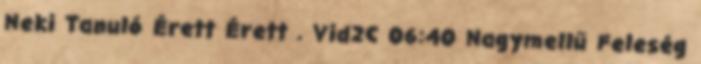
Neki Tanuló Érett Érett . Vid2C 06:40 Nagymellű Feleség